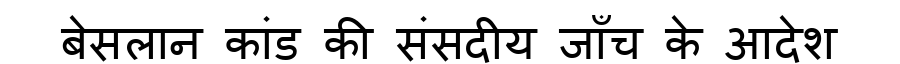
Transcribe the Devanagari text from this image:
बेसलान कांड की संसदीय जाँच के आदेश